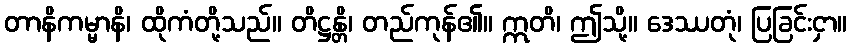
တာနိကမ္မာနိ၊ ထိုကံတို့သည်။ တိဋ္ဌန္တိ၊ တည်ကုန်၏။ ဣတိ၊ ဤသို့။ ဒေဿတုံ၊ ပြခြင်းငှာ။